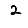
Digit: 2